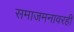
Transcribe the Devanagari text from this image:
समाजमनावरही